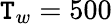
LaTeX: \mathtt{T}_{w}=500